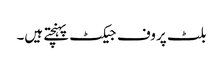
بلٹ پروف جیکٹ پہنچتے ہیں۔